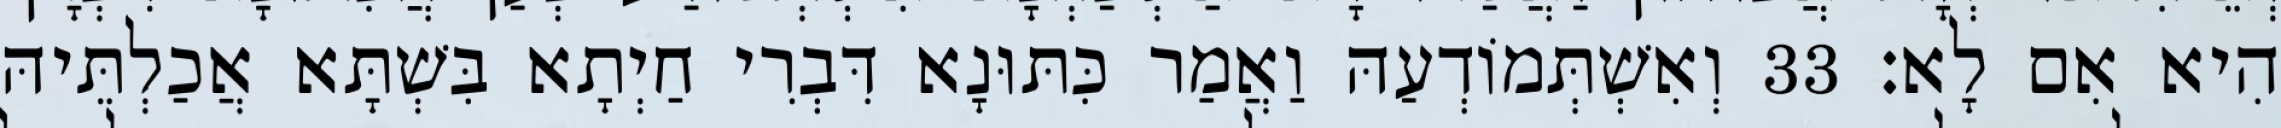
הִיא אִם לָא׃ 33 וְאִשְׁתְּמוֹדְעַהּ וַאֲמַר כִּתּוּנָא דִּבְרִי חַיְתָא בִּשְׁתָּא אֲכַלְתֵּיהּ